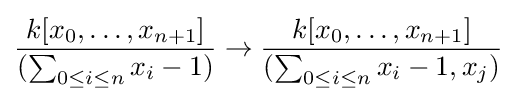
{\frac {k[x_{0},\ldots ,x_{n+1}]}{(\sum _{0\leq i\leq n}x_{i}-1)}}\to {\frac {k[x_{0},\ldots ,x_{n+1}]}{(\sum _{0\leq i\leq n}x_{i}-1,x_{j})}}